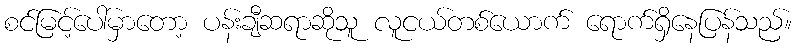
စင်မြင့်ပေါ်မှာတော့ ပန်းချီဆရာဆိုသူ လူငယ်တစ်ယောက် ရောက်ရှိနေပြန်သည်။